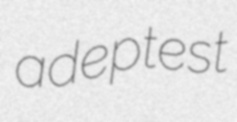
adeptest